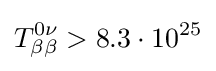
T_{\beta \beta }^{0\nu }>8.3\cdot 10^{25}